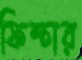
ফিশ্চার